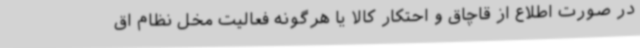
در صورت اطلاع از قاچاق و احتکار کالا یا هرگونه فعالیت مخل نظام اق